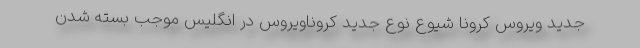
جدید ویروس کرونا شیوع نوع جدید کروناویروس در انگلیس موجب بسته شدن